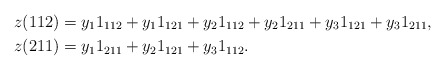
\begin{align*}z(112)&=y_11_{112}+y_11_{121}+y_21_{112}+y_21_{211}+y_31_{121}+y_31_{211},\\z(211)&=y_11_{211}+y_21_{121}+y_31_{112}.\end{align*}